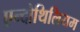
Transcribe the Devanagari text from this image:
एन्दोथिलियम